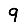
Digit: 9